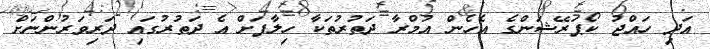
އަދި ހައްޖު ކޯޕަރޭޝަންގެ އެހެން އުމްރާ ދަތުރުތަކާ ހިލާފަށް އެ ދަތުރުގައި ދަރިވަރުންނަށް